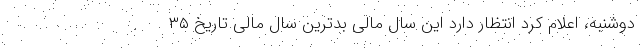
دوشنبه، اعلام کرد انتظار دارد این سال مالی بدترین سال مالی تاریخ ۳۵